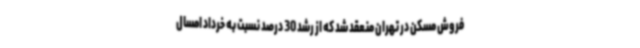
فروش مسکن در تهران منعقد شد که از رشد 30 درصد نسبت به خرداد امسال